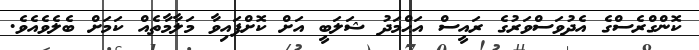
ކޮންގްރެސްގެ އެދުވަސްވަރުގެ ރައީސް އަޙްމަދު ޝަލަބީ އަށް ކޮށްފައިވާ މަލާމާތެއް ކަމަށް ބެލެވެއެވެ.